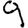
Digit: 9